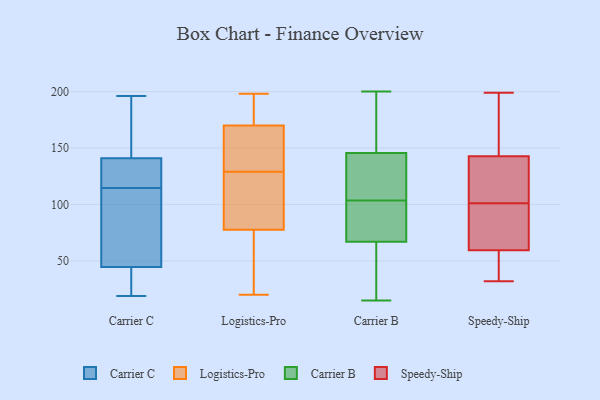
{"axis": {"x": "Waste Production (Tons)", "y": "Value"}, "legend": ["Carrier B", "Carrier C", "Logistics-Pro", "Speedy-Ship"], "data": [{"x": "", "y": 116, "type": "Carrier C"}, {"x": "", "y": 108, "type": "Carrier C"}, {"x": "", "y": 141, "type": "Carrier C"}, {"x": "", "y": 171, "type": "Carrier C"}, {"x": "", "y": 119, "type": "Carrier C"}, {"x": "", "y": 153, "type": "Carrier C"}, {"x": "", "y": 45, "type": "Carrier C"}, {"x": "", "y": 30, "type": "Carrier C"}, {"x": "", "y": 19, "type": "Carrier C"}, {"x": "", "y": 141, "type": "Carrier C"}, {"x": "", "y": 44, "type": "Carrier C"}, {"x": "", "y": 196, "type": "Carrier C"}, {"x": "", "y": 62, "type": "Carrier C"}, {"x": "", "y": 113, "type": "Carrier C"}, {"x": "", "y": 23, "type": "Carrier C"}, {"x": "", "y": 127, "type": "Carrier C"}, {"x": "", "y": 90, "type": "Logistics-Pro"}, {"x": "", "y": 80, "type": "Logistics-Pro"}, {"x": "", "y": 163, "type": "Logistics-Pro"}, {"x": "", "y": 22, "type": "Logistics-Pro"}, {"x": "", "y": 134, "type": "Logistics-Pro"}, {"x": "", "y": 189, "type": "Logistics-Pro"}, {"x": "", "y": 177, "type": "Logistics-Pro"}, {"x": "", "y": 139, "type": "Logistics-Pro"}, {"x": "", "y": 198, "type": "Logistics-Pro"}, {"x": "", "y": 124, "type": "Logistics-Pro"}, {"x": "", "y": 187, "type": "Logistics-Pro"}, {"x": "", "y": 158, "type": "Logistics-Pro"}, {"x": "", "y": 75, "type": "Logistics-Pro"}, {"x": "", "y": 116, "type": "Logistics-Pro"}, {"x": "", "y": 20, "type": "Logistics-Pro"}, {"x": "", "y": 70, "type": "Logistics-Pro"}, {"x": "", "y": 70, "type": "Carrier B"}, {"x": "", "y": 145, "type": "Carrier B"}, {"x": "", "y": 179, "type": "Carrier B"}, {"x": "", "y": 125, "type": "Carrier B"}, {"x": "", "y": 200, "type": "Carrier B"}, {"x": "", "y": 146, "type": "Carrier B"}, {"x": "", "y": 37, "type": "Carrier B"}, {"x": "", "y": 69, "type": "Carrier B"}, {"x": "", "y": 112, "type": "Carrier B"}, {"x": "", "y": 52, "type": "Carrier B"}, {"x": "", "y": 192, "type": "Carrier B"}, {"x": "", "y": 78, "type": "Carrier B"}, {"x": "", "y": 123, "type": "Carrier B"}, {"x": "", "y": 65, "type": "Carrier B"}, {"x": "", "y": 34, "type": "Carrier B"}, {"x": "", "y": 95, "type": "Carrier B"}, {"x": "", "y": 15, "type": "Carrier B"}, {"x": "", "y": 79, "type": "Carrier B"}, {"x": "", "y": 141, "type": "Carrier B"}, {"x": "", "y": 174, "type": "Carrier B"}, {"x": "", "y": 87, "type": "Speedy-Ship"}, {"x": "", "y": 73, "type": "Speedy-Ship"}, {"x": "", "y": 55, "type": "Speedy-Ship"}, {"x": "", "y": 199, "type": "Speedy-Ship"}, {"x": "", "y": 139, "type": "Speedy-Ship"}, {"x": "", "y": 44, "type": "Speedy-Ship"}, {"x": "", "y": 162, "type": "Speedy-Ship"}, {"x": "", "y": 192, "type": "Speedy-Ship"}, {"x": "", "y": 144, "type": "Speedy-Ship"}, {"x": "", "y": 101, "type": "Speedy-Ship"}, {"x": "", "y": 92, "type": "Speedy-Ship"}, {"x": "", "y": 128, "type": "Speedy-Ship"}, {"x": "", "y": 32, "type": "Speedy-Ship"}, {"x": "", "y": 108, "type": "Speedy-Ship"}, {"x": "", "y": 151, "type": "Speedy-Ship"}, {"x": "", "y": 94, "type": "Speedy-Ship"}, {"x": "", "y": 47, "type": "Speedy-Ship"}, {"x": "", "y": 43, "type": "Speedy-Ship"}, {"x": "", "y": 107, "type": "Speedy-Ship"}]}